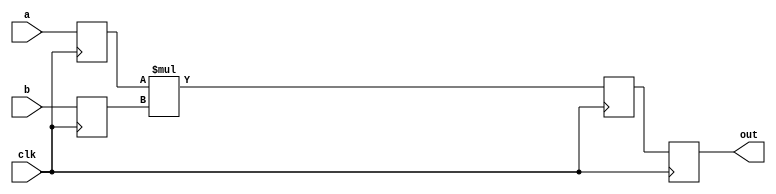
module mult_2_pipelined(clk, a, b, out);
parameter DATA_WIDTH = 2;  /* declare a parameter. default required */
input [DATA_WIDTH - 1 : 0] a, b;
input clk;
output [DATA_WIDTH - 1 : 0] out;

reg [DATA_WIDTH - 1 : 0] a_reg;
reg [DATA_WIDTH - 1 : 0] b_reg;
reg [DATA_WIDTH - 1 : 0] out_reg;

always @(posedge clk) begin
  a_reg <= a;
  b_reg <= b;
  out_reg <= a_reg * b_reg;
  out = out_reg;
end

endmodule